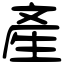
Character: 產